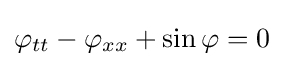
\varphi _{tt}-\varphi _{xx}+\sin \varphi =0